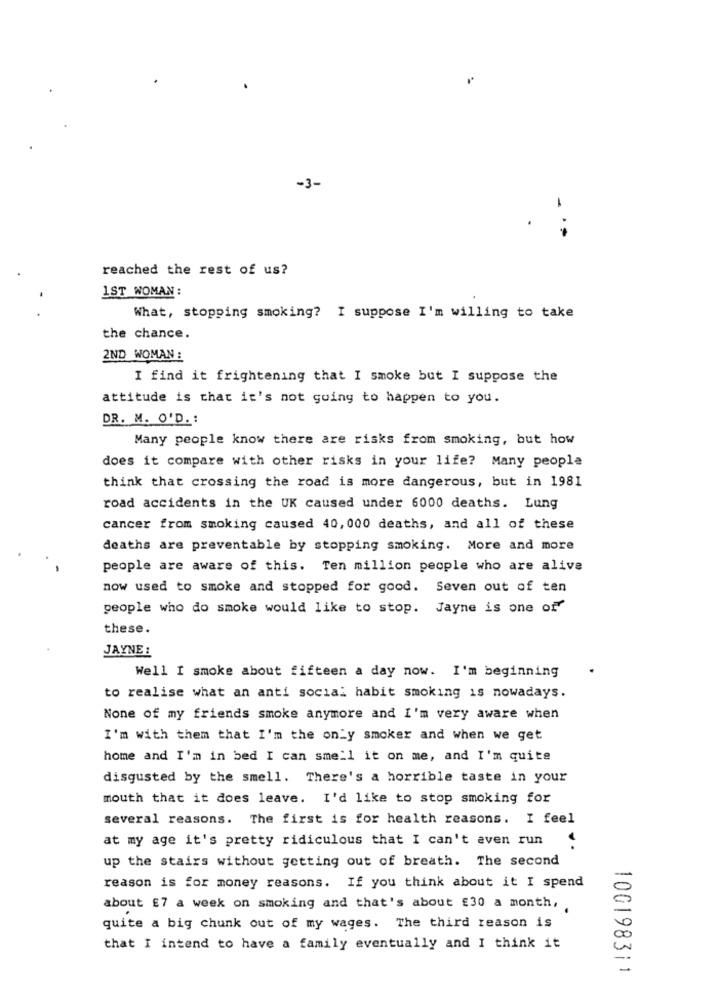
-3-
reached the rest of us?
1ST WOMAN :
What, stopping smoking? I suppose I'm willing to take
the chance.
2ND WOMAN :
I find it frightening that I smoke but I suppose the
attitude is that it's not going to happen to you.
DR. M. O'D .:
Many people know there are risks from smoking, but how
does it compare with other risks in your life? Many people
think that crossing the road is more dangerous, but in 1981
road accidents in the UK caused under 6000 deaths. Lung
cancer from smoking caused 40, 000 deaths, and all of these
deaths are preventable by stopping smoking. More and more
people are aware of this. Ten million people who are alive
now used to smoke and stopped for good. Seven out of ten
people who do smoke would like to stop. Jayne is one of
these.
JAYNE :
Well I smoke about fifteen a day now. I'm beginning
to realise what an anti social habit smoking is nowadays.
None of my friends smoke anymore and I'm very aware when
I'm with them that I'm the only smoker and when we get
home and I'm in bed I can smell it on me, and I'm quite
disgusted by the smell. There's a horrible taste in your
mouth that it does leave. I'd like to stop smoking for
several reasons. The first is for health reasons. I feel
at my age it's pretty ridiculous that I can't even run
up the stairs without getting out of breath. The second
reason is for money reasons. If you think about it I spend
about £7 a week on smoking and that's about £30 a month,
quite a big chunk out of my wages. The third reason is
that I intend to have a family eventually and I think it
100198311